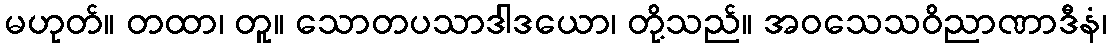
မဟုတ်။ တထာ၊ တူ။ သောတပသာဒါဒယော၊ တို့သည်။ အဝသေသဝိညာဏာဒီနံ၊